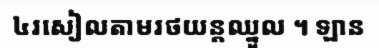
៤រសៀលតាមរថយន្តឈ្នួល ។ ឡាន